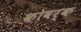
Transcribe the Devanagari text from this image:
कोवर्क